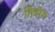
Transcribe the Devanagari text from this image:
तिडीक